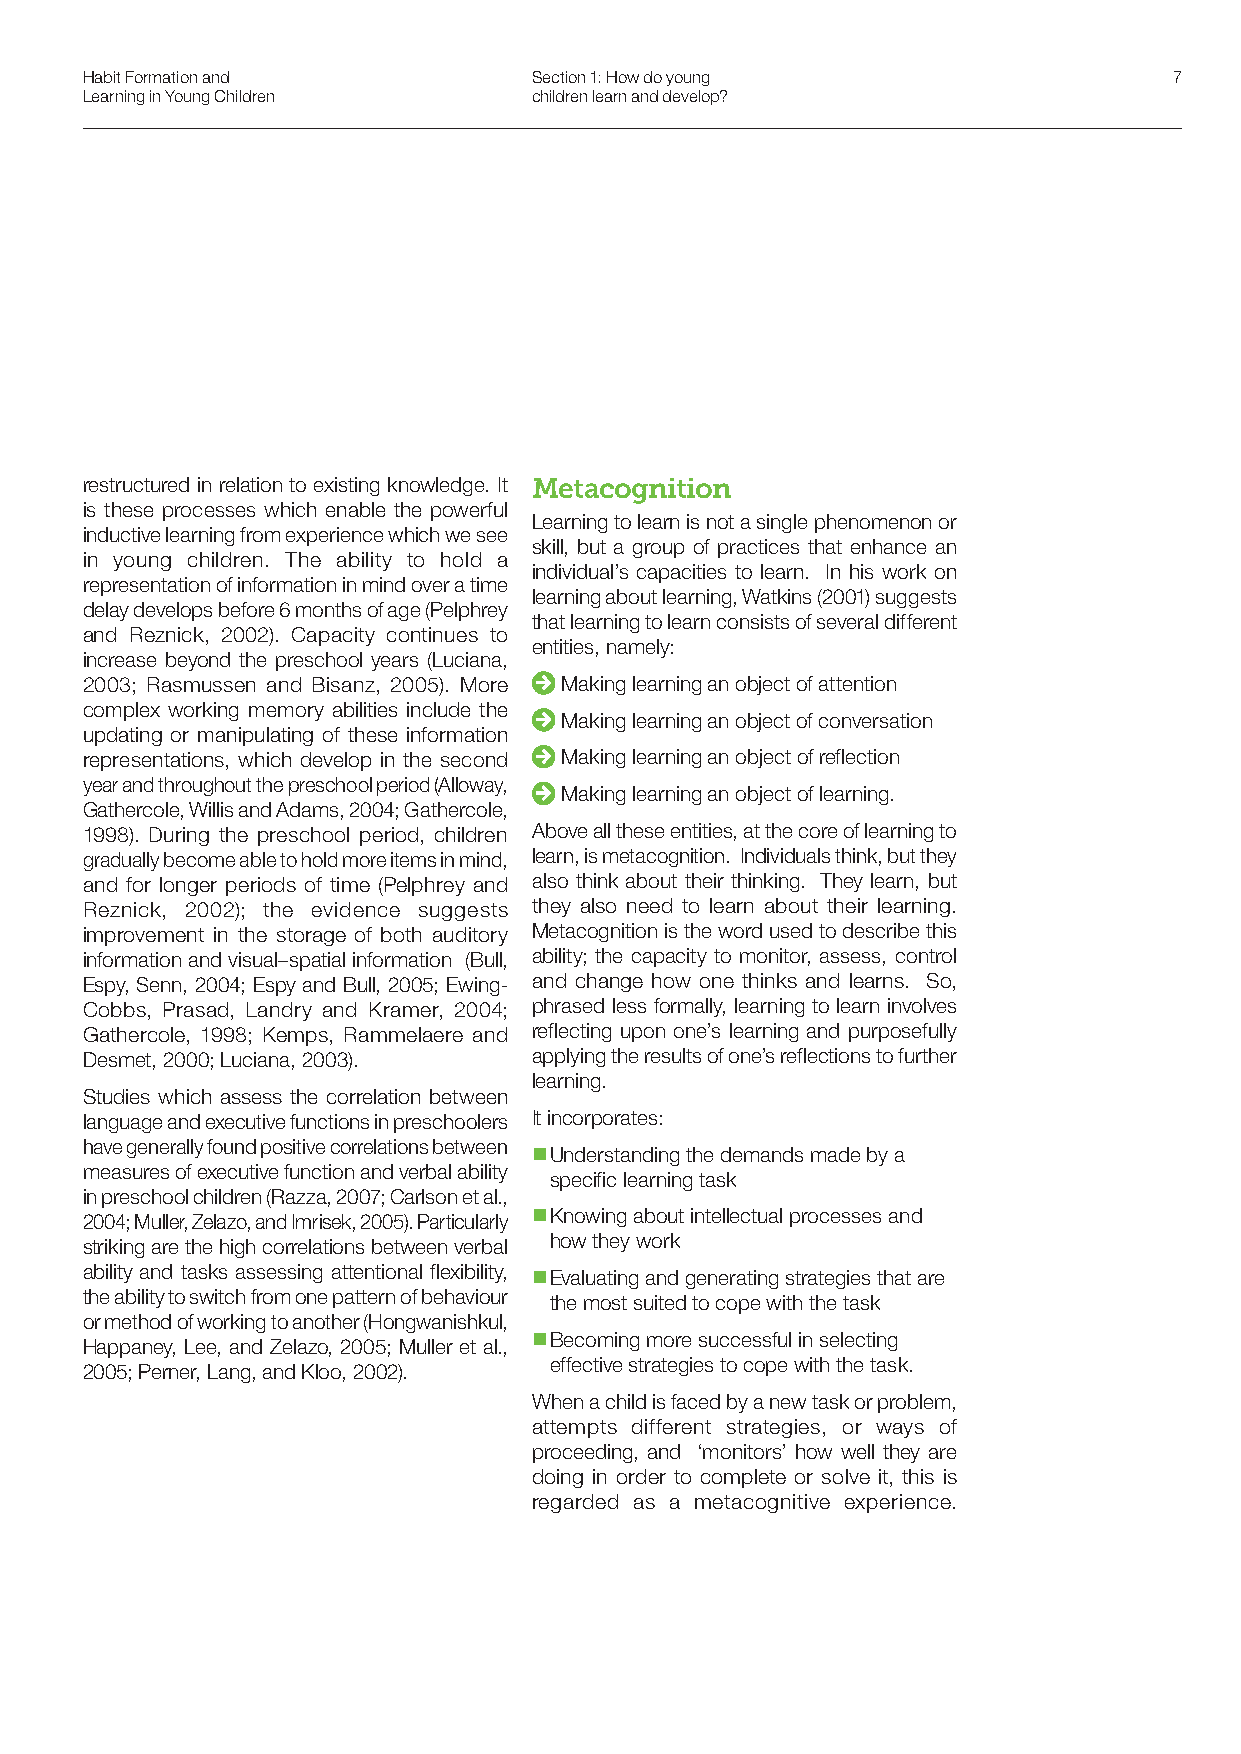
Habit Formation and           Section 1: How do young                    7
 Learning in Young Children    children learn and develop?
 restructured in relation to existing knowledge. It Metacognition
 is these processes which enable the powerful
 Learning to learn is not a single phenomenon or
 inductive learning from experience which we see
 skill, but a group of practices that enhance an
 in young children. The ability to hold a
 individual’s capacities to learn. In his work on
 representation of information in mind over a time
 learning about learning, Watkins (2001) suggests
 delay develops before 6 months of age (Pelphrey
 that learning to learn consists of several different
 and Reznick, 2002). Capacity continues to
 entities, namely:
 increase beyond the preschool years (Luciana,
 2003; Rasmussen and Bisanz, 2005). More Making learning an object of attention
 complex working memory abilities include the
 Making learning an object of conversation
 updating or manipulating of these information
 representations, which develop in the second Making learning an object of reflection
 year and throughout the preschool period (Alloway,
 Making learning an object of learning.
 Gathercole, Willis and Adams, 2004; Gathercole,
 1998). During the preschool period, children Above all these entities, at the core of learning to
 gradually become able to hold more items in mind, learn, is metacognition. Individuals think, but they
 and for longer periods of time (Pelphrey and also think about their thinking. They learn, but
 Reznick, 2002); the evidence suggests they also need to learn about their learning.
 improvement in the storage of both auditory Metacognition is the word used to describe this
 information and visual–spatial information (Bull, ability; the capacity to monitor, assess, control
 Espy, Senn, 2004; Espy and Bull, 2005; Ewing- and change how one thinks and learns. So,
 Cobbs, Prasad, Landry and Kramer, 2004; phrased less formally, learning to learn involves
 Gathercole, 1998; Kemps, Rammelaere and reflecting upon one’s learning and purposefully
 Desmet, 2000; Luciana, 2003). applying the results of one’s reflections to further
 learning.
 Studies which assess the correlation between
 language and executive functions in preschoolers It incorporates:
 have generally found positive correlations between
 nnUnderstanding the demands made by a
 measures of executive function and verbal ability
 specific learning task
 in preschool children (Razza, 2007; Carlson et al.,
 2004; Muller, Zelazo, and Imrisek, 2005). Particularly nnKnowing about intellectual processes and
 striking are the high correlations between verbal how they work
 ability and tasks assessing attentional flexibility,
 nnEvaluating and generating strategies that are
 the ability to switch from one pattern of behaviour
 the most suited to cope with the task
 or method of working to another (Hongwanishkul,
 nnBecoming more successful in selecting
 Happaney, Lee, and Zelazo, 2005; Muller et al.,
 effective strategies to cope with the task.
 2005; Perner, Lang, and Kloo, 2002).
 When a child is faced by a new task or problem,
 attempts different strategies, or ways of
 proceeding, and ‘monitors’ how well they are
 doing in order to complete or solve it, this is
 regarded as a metacognitive experience.